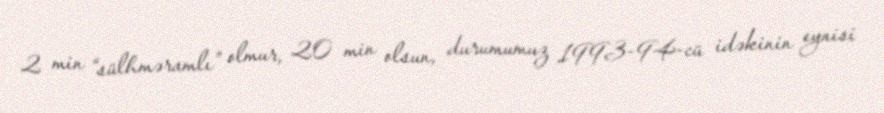
2 min “sülhməramlı” olmur, 20 min olsun, durumumuz 1993-94-cü idəkinin eynisi